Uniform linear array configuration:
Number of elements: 12
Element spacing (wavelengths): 0.25
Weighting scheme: uniform
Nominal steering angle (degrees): -60
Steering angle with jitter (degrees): -61.201
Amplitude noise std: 0.05
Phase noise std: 0.05

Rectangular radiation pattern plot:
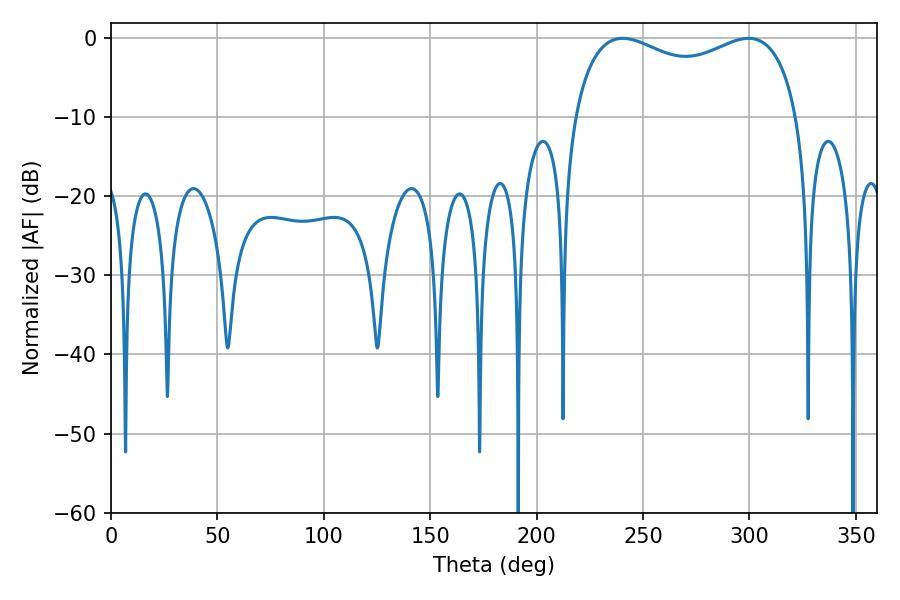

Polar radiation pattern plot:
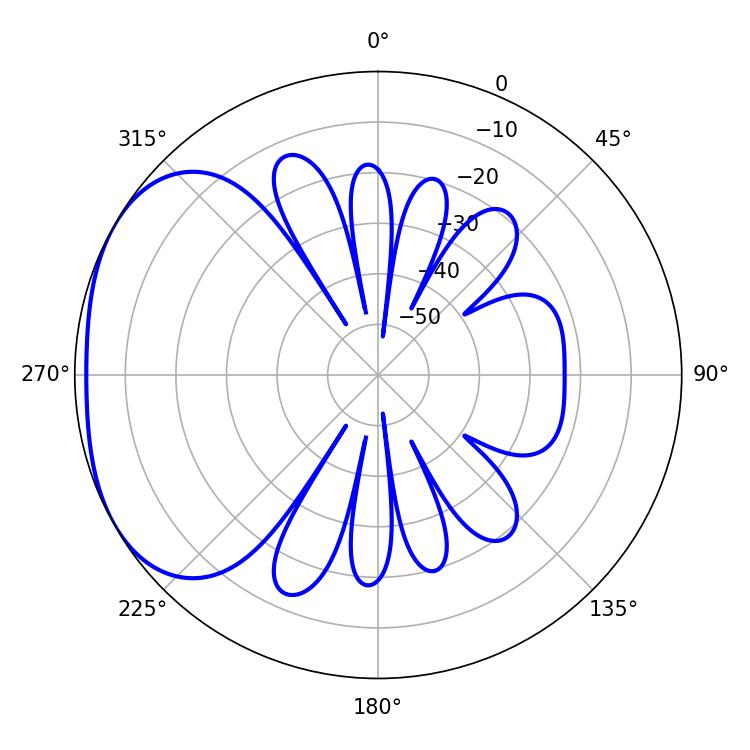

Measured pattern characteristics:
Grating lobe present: FALSE
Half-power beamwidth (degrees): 87.48
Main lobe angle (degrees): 299.52